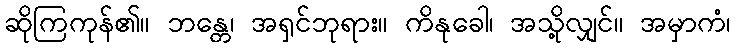
ဆိုကြကုန်၏။ ဘန္တေ၊ အရှင်ဘုရား။ ကိနုခေါ၊ အသို့လျှင်။ အမှာကံ၊